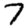
Digit: 7